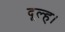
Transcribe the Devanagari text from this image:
दूल्ह।